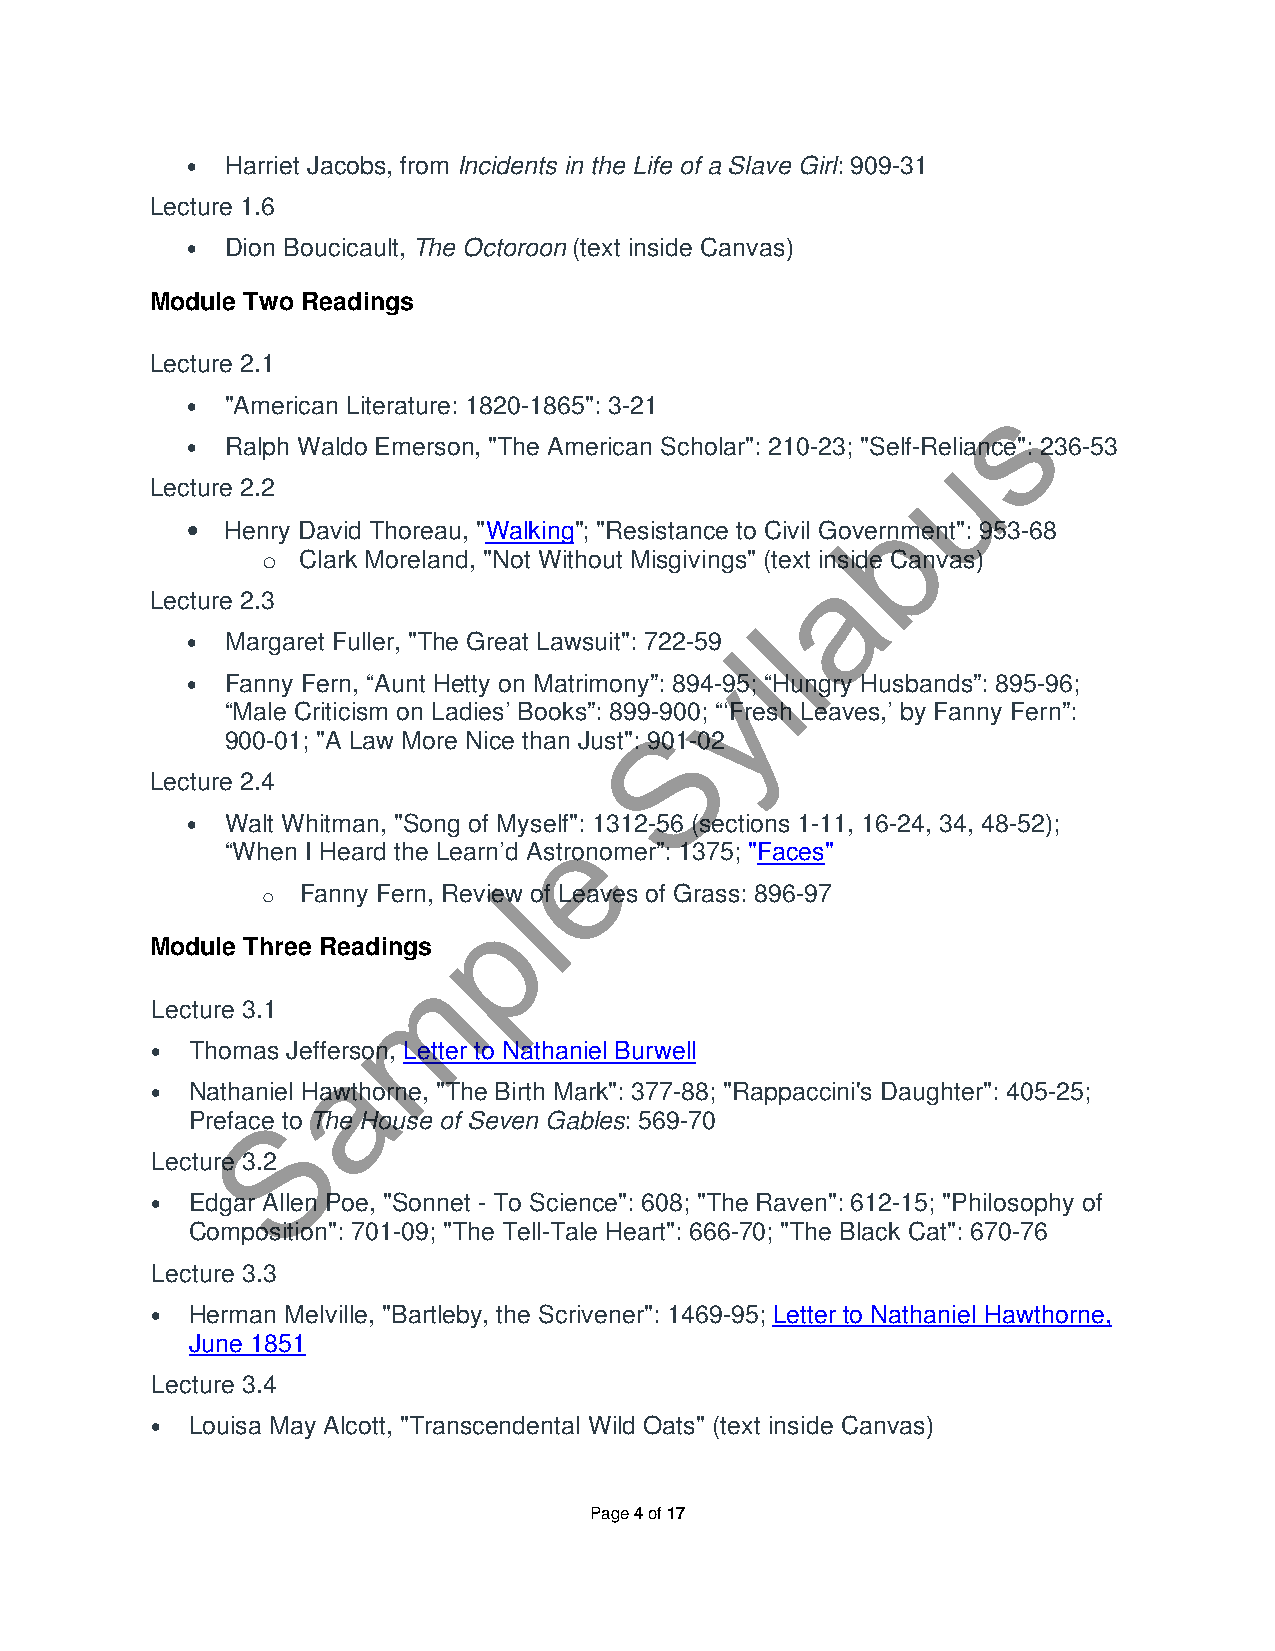
•  Harriet Jacobs, from Incidents in the Life of a Slave Girl: 909-31
 Lecture 1.6
 •  Dion Boucicault, The Octoroon (text inside Canvas)
 Module Two Readings
 Lecture 2.1
 s
 •  "American Literature: 1820-1865": 3-21
 •  Ralph Waldo Emerson, "The American Scholar": 210-23; "Self-Rueliance": 236-53
 Lecture 2.2
 b
 •  Henry David Thoreau, "Walking"; "Resistance to Civil Government": 953-68
 o  Clark Moreland, "Not Without Misgivings" (text ainside Canvas)
 Lecture 2.3
 l
 •  Margaret Fuller, "The Great Lawsuit": 722-59 l
 y
 •  Fanny Fern, “Aunt Hetty on Matrimony”: 894-95; “Hungry Husbands”: 895-96;
 “Male Criticism on Ladies’ Books”: 899-900; “‘Fresh Leaves,’ by Fanny Fern”:
 S
 900-01; "A Law More Nice than Just": 901-02
 Lecture 2.4
 •  Walt Whitman, "Song of Myseelf": 1312-56 (sections 1-11, 16-24, 34, 48-52);
 “When I Heard the Learn’d Astronomer”: 1375; "Faces"
 l
 o  Fanny Fern, Review of Leaves of Grass: 896-97
 p
 Module Three Readings
 m
 Lecture 3.1
 •  Thomas Jeffaerson, Letter to Nathaniel Burwell
 •  Nathaniel Hawthorne, "The Birth Mark": 377-88; "Rappaccini's Daughter": 405-25;
 S
 Preface to The House of Seven Gables: 569-70
 Lecture 3.2
 •  Edgar Allen Poe, "Sonnet - To Science": 608; "The Raven": 612-15; "Philosophy of
 Composition": 701-09; "The Tell-Tale Heart": 666-70; "The Black Cat": 670-76
 Lecture 3.3
 •  Herman Melville, "Bartleby, the Scrivener": 1469-95; Letter to Nathaniel Hawthorne,
 June 1851
 Lecture 3.4
 •  Louisa May Alcott, "Transcendental Wild Oats" (text inside Canvas)
 Page 4 of 17